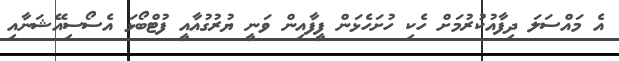
އެ މައްސަލަ ދިފާއުކުރުމަށް ހެކި ހުށަހެޅަން ފީފާއިން ވަނީ ޔުރުގުއާއީ ފުޓްބޯޅަ އެސޯސިއޭޝަނާއި